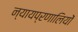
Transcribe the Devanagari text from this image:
न्यायप्रणालियों